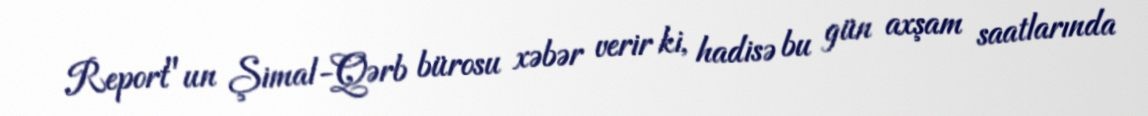
Report"un Şimal-Qərb bürosu xəbər verir ki, hadisə bu gün axşam saatlarında